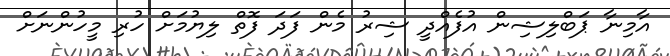
އާމިނާ ޕަބްލިޝިން އުފެއްދީ ޝިރު މެން ފަދަ ފޮތް ލިޔުމަށް ހުރި މީހުންނަށް